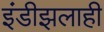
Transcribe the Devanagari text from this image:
इंडीझलाही